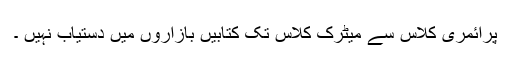
پرائمری کلاس سے میٹرک کلاس تک کتابیں بازاروں میں دستیاب نہیں ۔